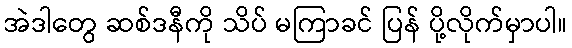
အဲဒါတွေ ဆစ်ဒနီကို သိပ် မကြာခင် ပြန် ပို့လိုက်မှာပါ။